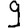
Digit: 9